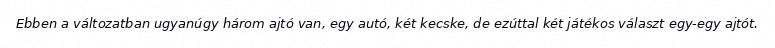
Ebben a változatban ugyanúgy három ajtó van, egy autó, két kecske, de ezúttal két játékos választ egy-egy ajtót.